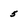
Character: 5